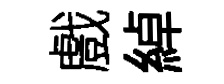
戲綽